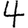
Digit: 4